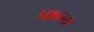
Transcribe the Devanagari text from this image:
प्राव्ल्य